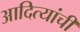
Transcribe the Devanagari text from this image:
आदित्यांची